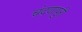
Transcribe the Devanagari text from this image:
चंदणापुरी